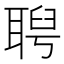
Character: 𦖙